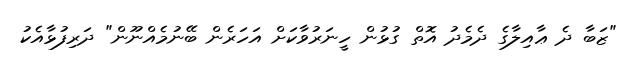
"ޒަބާ ދެ ޢާއިލާގެ ދެމެދު އޮތް ގުޅުން ހީނަރުވާކަށް އަހަރެން ބޭނުމެއްނޫން" ދަރިފުޅާއެކު